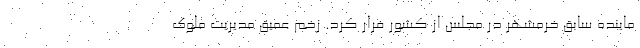
ماینده سابق خرمشهر در مجلس از کشور فرار کرد. زخم عمیق مدیریت ملوک